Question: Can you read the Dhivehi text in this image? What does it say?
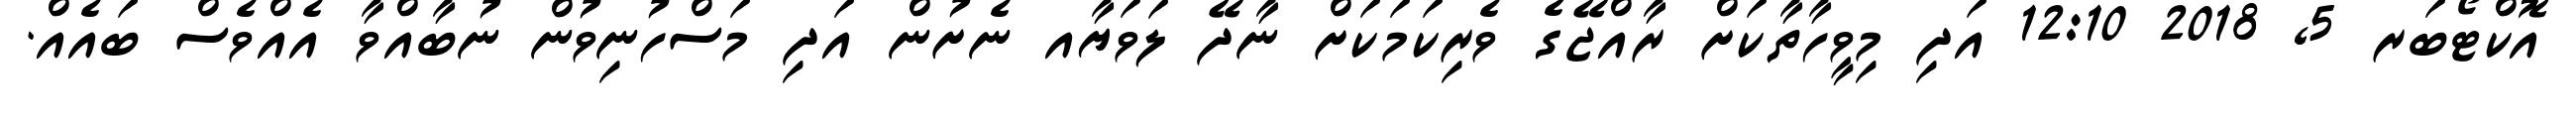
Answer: އޮކްޓޯބަރ 5, 2018 12:10 އަދި މިވީހާތާކަށް ރާއްޖޭގެ ވެރިކަމަކަށް ނާދޭ ލަވަޔާއ ނެށުން އަދި މަސްހުނިވުން ނުބާއްވާ އެއްވެސް ބައެއް.